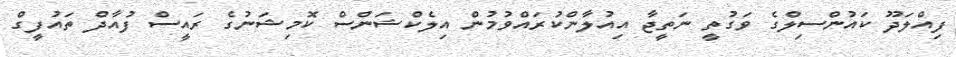
ފިއްލަދޫ ކައުންސިލްގެ ވަގުތީ ނަތީޖާ އިއުލާންކުރައްވުމުން އިލެކްޝަންސް ކޮމިޝަނުގެ ރައީސް ފުއާދް ތައުފީގް